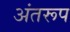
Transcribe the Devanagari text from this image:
अंतरूप